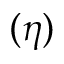
( \eta )